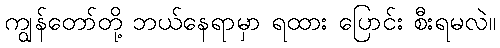
ကျွန်တော်တို့ ဘယ်နေရာမှာ ရထား ပြောင်း စီးရမလဲ။